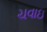
ચવાઇ